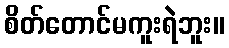
စိတ်တောင်မကူးရဲဘူး။